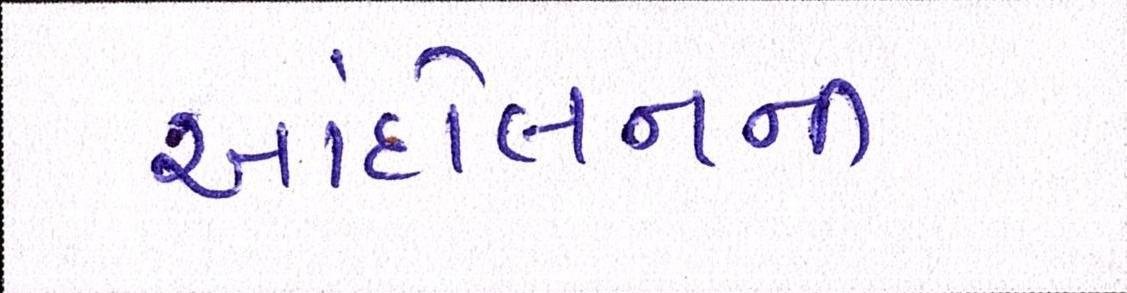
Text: આંદોલનની